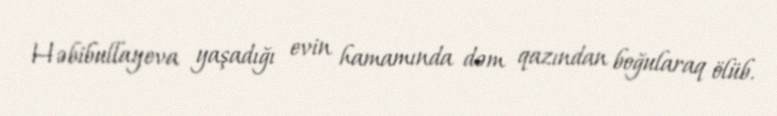
Həbibullayeva yaşadığı evin hamamında dəm qazından boğularaq ölüb.